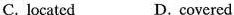
C. located D.covered